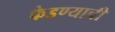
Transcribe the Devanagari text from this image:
फेडण्याची